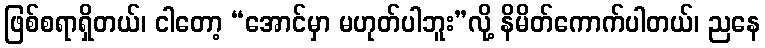
ဖြစ်စရာရှိတယ်၊ ငါတော့ “အောင်မှာ မဟုတ်ပါဘူး”လို့ နိမိတ်ကောက်ပါတယ်၊ ညနေ